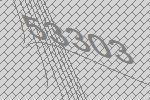
53303